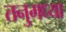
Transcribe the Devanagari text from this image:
तनुमध्या